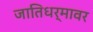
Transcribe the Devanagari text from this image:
जातिधर्मावर